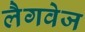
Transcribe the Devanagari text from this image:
लैगवेज